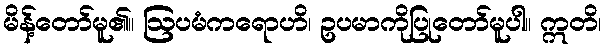
မိန့်တော်မူ၏။ ဩပမံကရောဟိ၊ ဥပမာကိုပြုတော်မူပါ။ ဣတိ၊